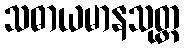
သဓာယမာနသုတ္တ